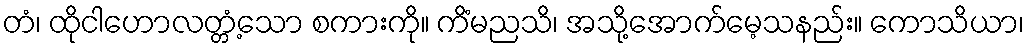
တံ၊ ထိုငါဟောလတ္တံ့သော စကားကို။ ကိံမညသိ၊ အသို့အောက်မေ့သနည်း။ ကောသိယာ၊